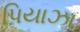
પિયાઝા